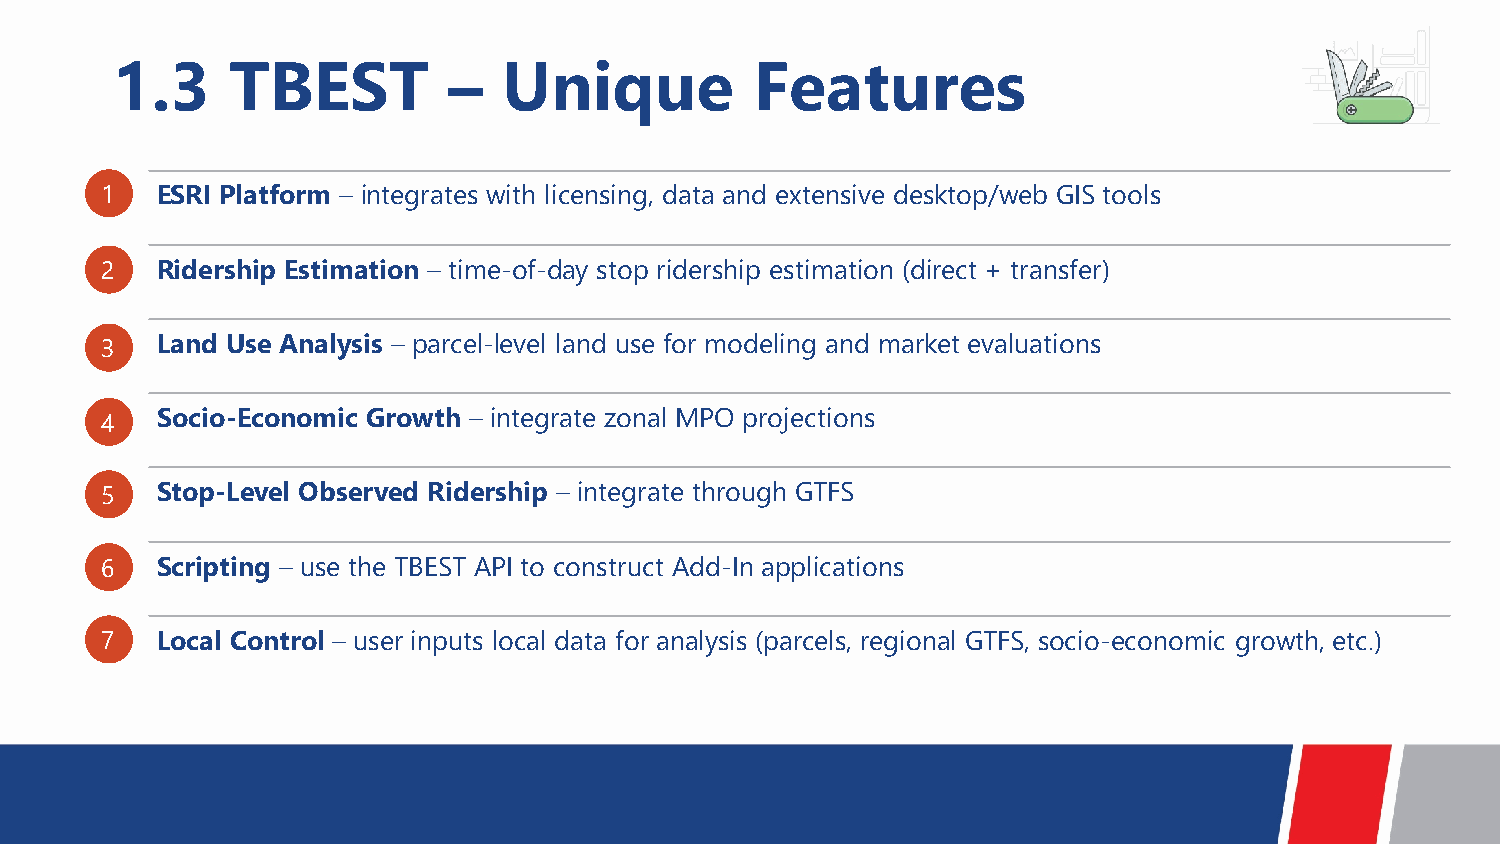
1.3     TBEST          –  Unique           Features
 1  ESRI Platform – integrates with licensing, data and extensive desktop/web GIS tools
 2  Ridership Estimation – time-of-day stop ridership estimation (direct + transfer)
 3  Land Use Analysis – parcel-level land use for modeling and market evaluations
 4  Socio-Economic Growth – integrate zonal MPO projections
 5  Stop-Level Observed Ridership – integrate through GTFS
 6  Scripting – use the TBEST API to construct Add-In applications
 7  Local Control – user inputs local data for analysis (parcels, regional GTFS, socio-economic growth, etc.)